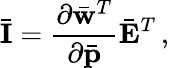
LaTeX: \bar{\mathbf I}=\frac{\partial\bar{\mathbf w}^{T}}{\partial\bar{\mathbf p}}\bar{\mathbf E}^{T}\, ,